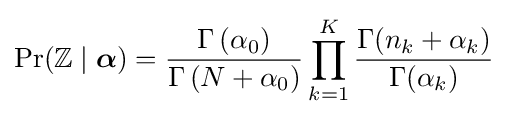
\Pr(\mathbb {Z} \mid {\boldsymbol {\alpha }})={\frac {\Gamma \left(\alpha _{0}\right)}{\Gamma \left(N+\alpha _{0}\right)}}\prod _{k=1}^{K}{\frac {\Gamma (n_{k}+\alpha _{k})}{\Gamma (\alpha _{k})}}